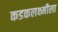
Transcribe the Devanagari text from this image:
कडकलक्ष्मीला